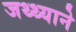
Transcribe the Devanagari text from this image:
जथ्थ्याने